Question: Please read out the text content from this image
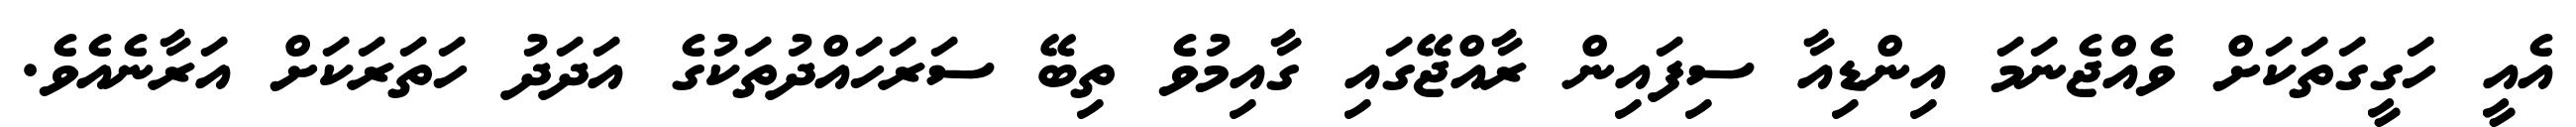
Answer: އެއީ ހަގީގަތަކަށް ވެއްޖެނަމަ އިންޑިއާ ސިފައިން ރާއްޖޭގައި ގާއިމުވެ ތިބޭ ސަރަހައްދުތަކުގެ އަދަދު ހަތަރަކަށް އަރާނެއެވެ.